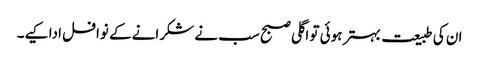
ان کی طبیعت بہتر ہوئی تو اگلی صبح سب نے شکرانے کے نوافل ادا کیے۔